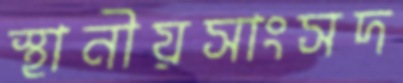
স্থানীয়সাংসদ